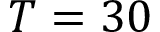
T = 3 0